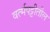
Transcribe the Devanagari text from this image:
वर्त्मपट्टीतील